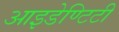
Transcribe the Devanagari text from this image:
आइडेण्टिटी